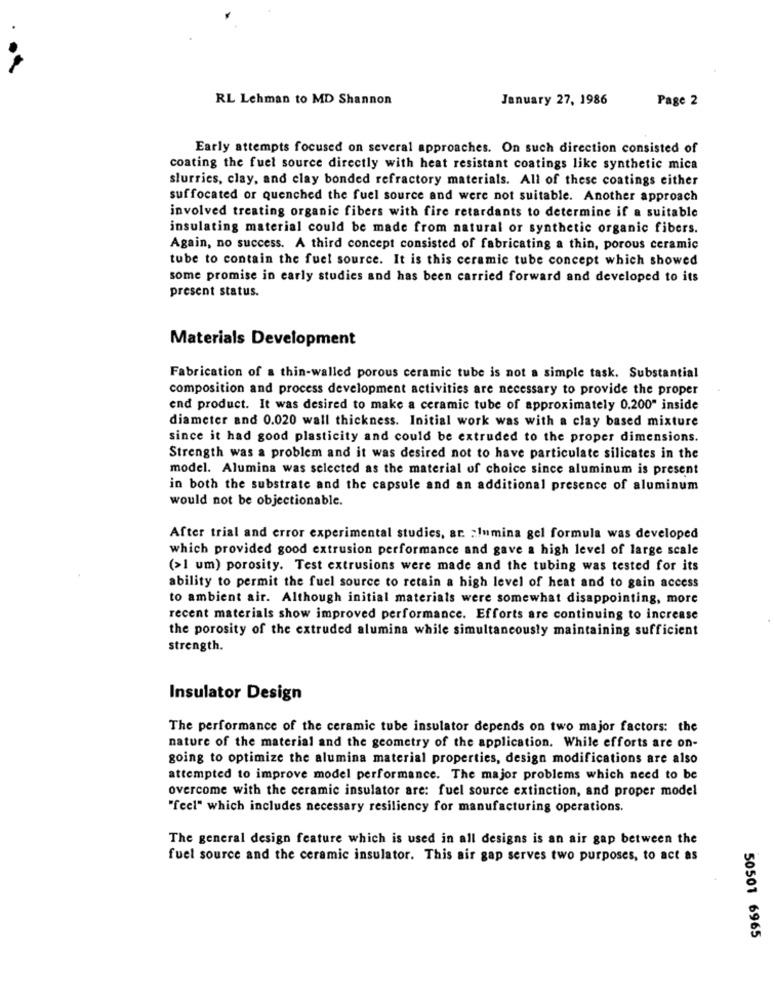
RL Lehman to MD Shannon
January 27, 1986
Page 2
Early attempts focused on several approaches. On such direction consisted of
coating the fuel source directly with heat resistant coatings like synthetic mica
slurries, clay, and clay bonded refractory materials. All of these coatings either
suffocated or quenched the fuel source and were not suitable. Another approach
involved treating organic fibers with fire retardants to determine if a suitable
insulating material could be made from natural or synthetic organic fibers.
Again, no success. A third concept consisted of fabricating a thin, porous ceramic
tube to contain the fuel source. It is this ceramic tube concept which showed
some promise in early studies and has been carried forward and developed to its
present status.
Materials Development
Fabrication of a thin-walled porous ceramic tube is not a simple task. Substantial
composition and process development activities are necessary to provide the proper
end product. It was desired to make a ceramic tube of approximately 0.200" inside
diameter and 0.020 wall thickness. Initial work was with a clay based mixture
since it had good plasticity and could be extruded to the proper dimensions.
Strength was a problem and it was desired not to have particulate silicates in the
model. Alumina was selected as the material of choice since aluminum is present
in both the substrate and the capsule and an additional presence of aluminum
would not be objectionable.
After trial and error experimental studies, ar. : lumina gel formula was developed
which provided good extrusion performance and gave a high level of large scale
(>1 um) porosity. Test extrusions were made and the tubing was tested for its
ability to permit the fuel source to retain a high level of heat and to gain access
to ambient air. Although initial materials were somewhat disappointing, more
recent materials show improved performance. Efforts are continuing to increase
the porosity of the extruded alumina while simultaneously maintaining sufficient
strength.
Insulator Design
The performance of the ceramic tube insulator depends on two major factors: the
nature of the material and the geometry of the application. While efforts are on-
going to optimize the alumina material properties, design modifications are also
attempted to improve model performance. The major problems which need to be
overcome with the ceramic insulator are: fuel source extinction, and proper model
"feel" which includes necessary resiliency for manufacturing operations.
The general design feature which is used in all designs is an air gap between the
fuel source and the ceramic insulator. This air gap serves two purposes, to act as
50501 6965